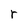
Character: r